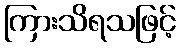
ကြားသိရသဖြင့်